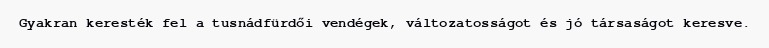
Gyakran keresték fel a tusnádfürdői vendégek, változatosságot és jó társaságot keresve.